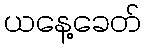
ယနေ့ခေတ်